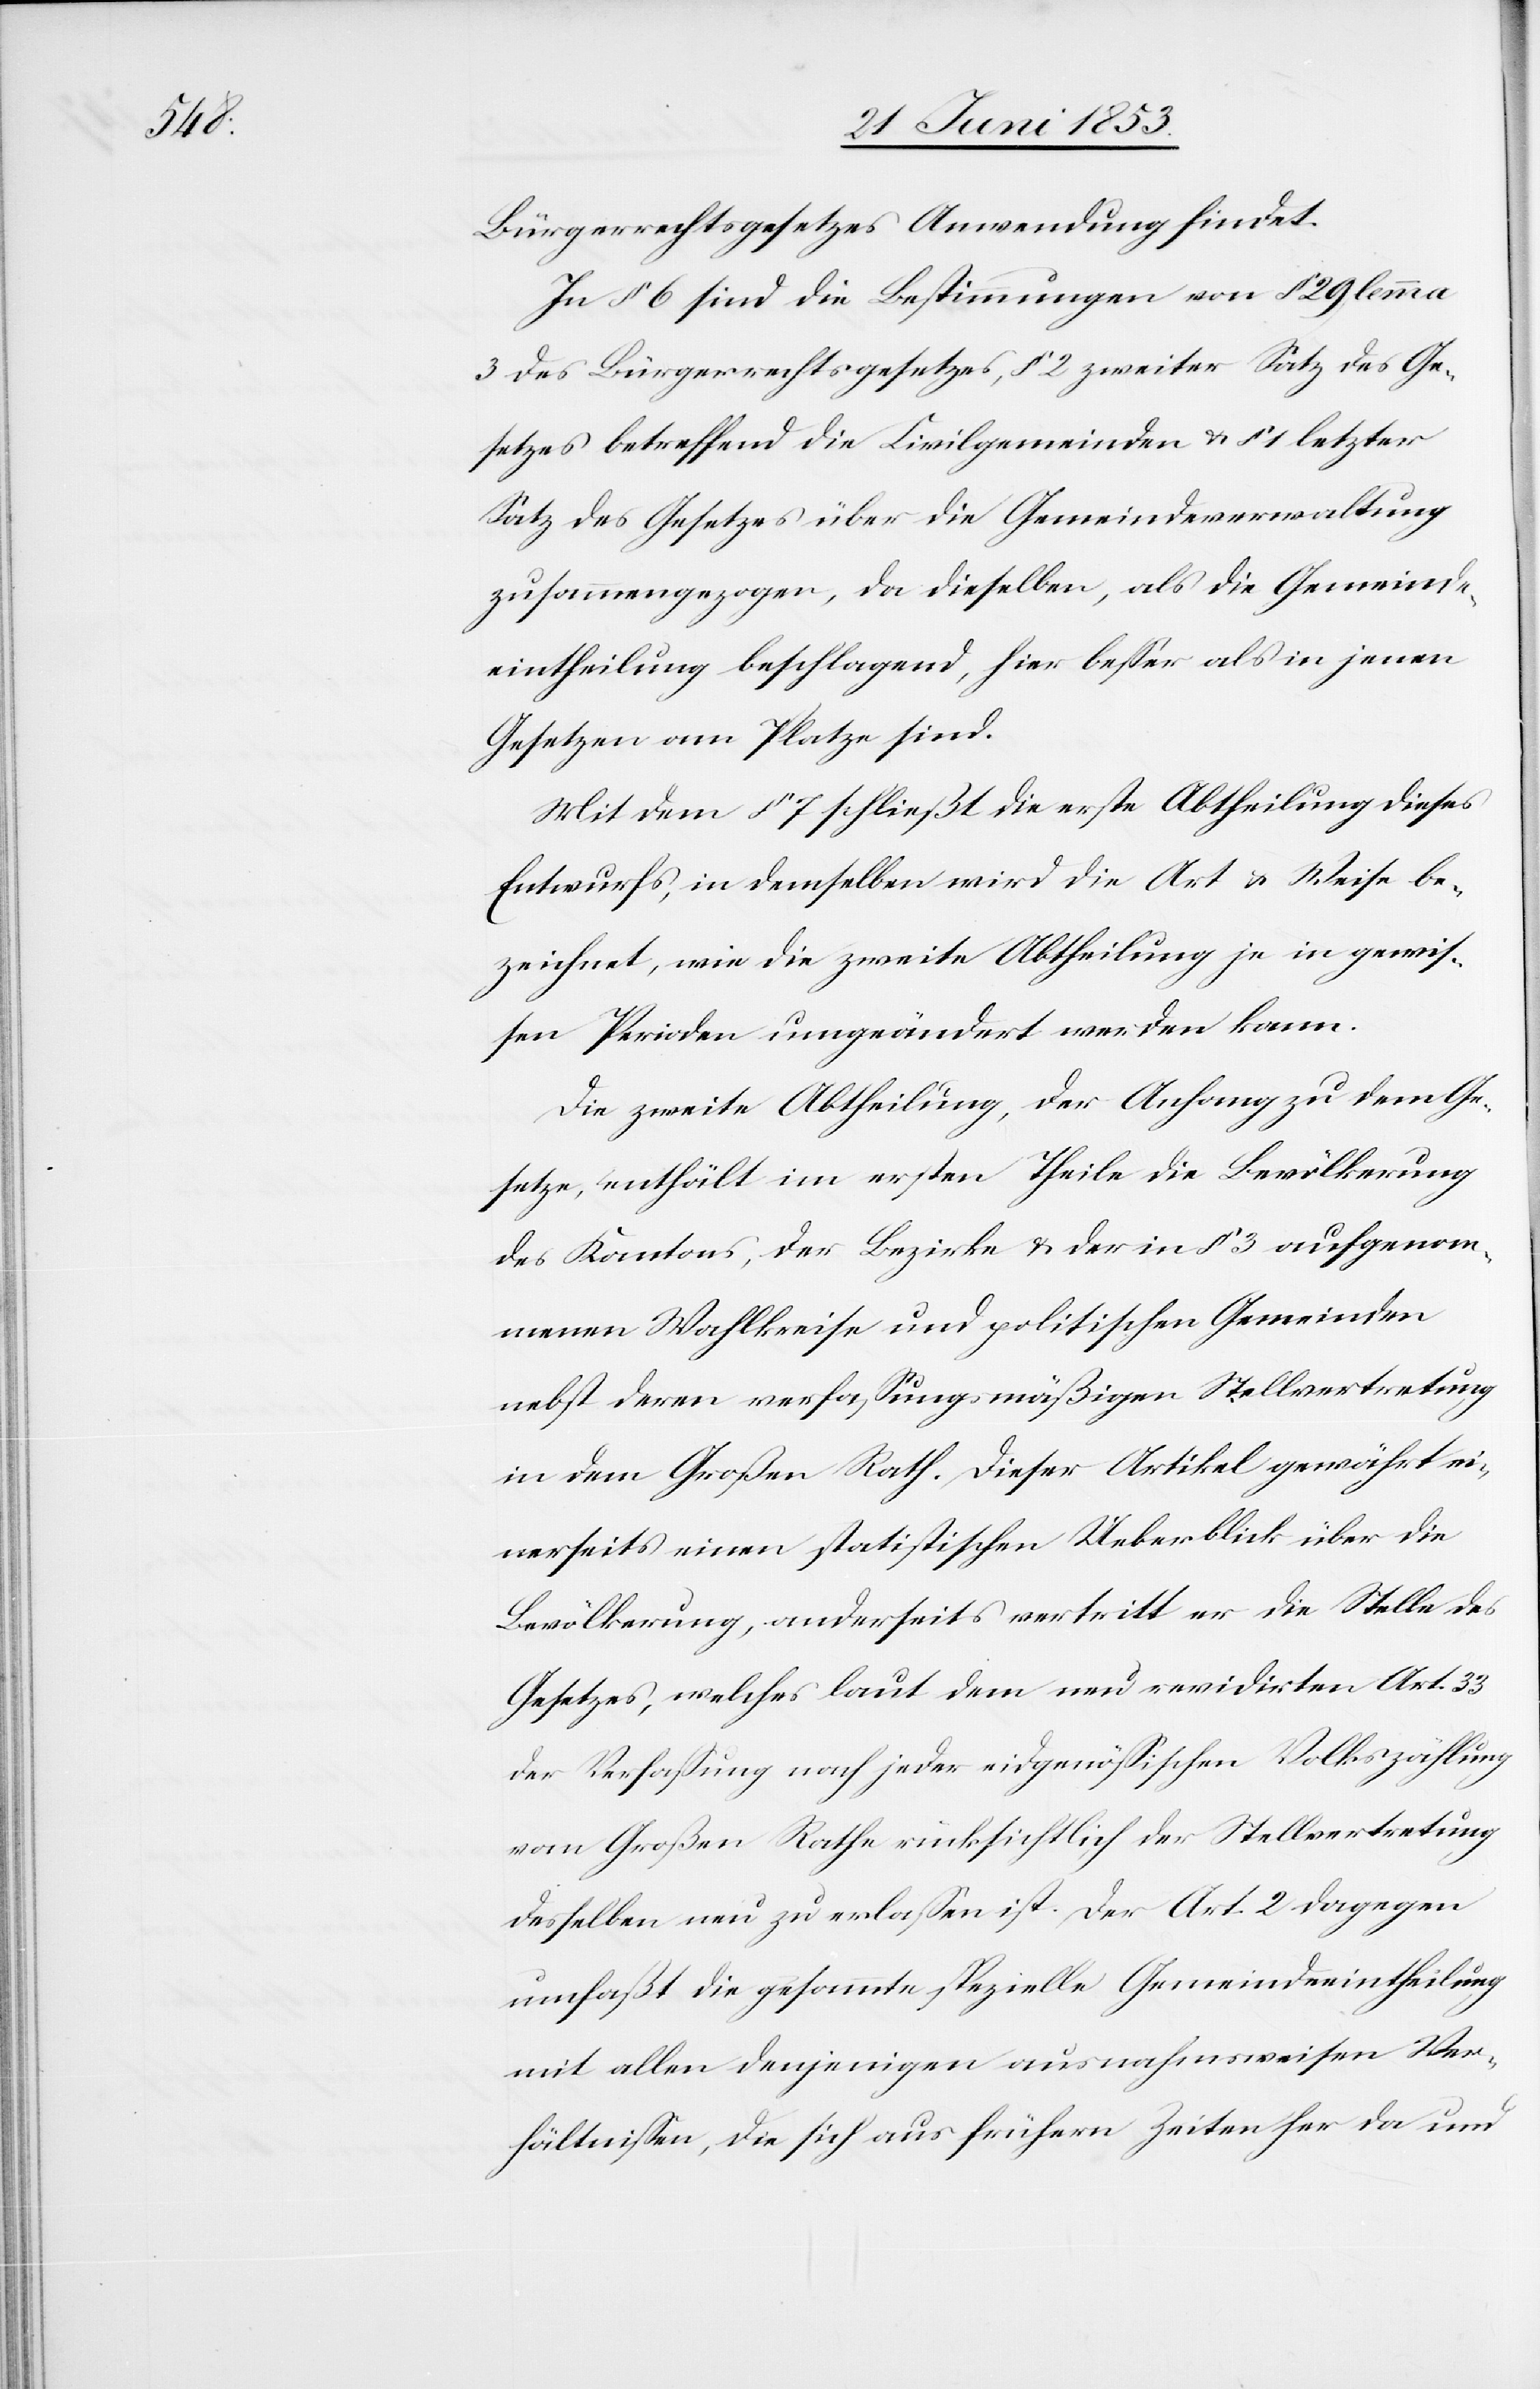
Bürgerrechtsgesetzes Anwendung findet.
In § 6 sind die Bestimmungen von § 29 lemma
3 des Bürgerrechtsgesetzes, § 2 zweiter Satz des Ge¬
setzes betreffend die Civilgemeinden u. § 1 letzter
Satz des Gesetzes über die Gemeindsverwaltung
zusammengezogen, da dieselben, als die Gemeinde¬
eintheilung beschlagend, hier beßer als in jenen
Gesetzen am Platze sind.
Mit dem § 7 schließt die erste Abtheilung dieses
Entwurfs, in demselben wird die Art u. Weise be¬
zeichnet, wie die zweite Abtheilung je in gewiß¬
en Perioden umgeändert werden kann.
Die zweite Abtheilung, der Anhang zu dem Ge¬
setze, enthält im ersten Theile die Bevölkerung
des Kantons, der Bezirke u. der in § 3 aufgenom¬
menen Wahlkreise und politischen Gemeinden
nebst deren verfaßungsmäßigen Stellvertretung
in dem Großen Rath. Dieser Artikel gewährt ei¬
nerseits einen statistischen Ueberblick über die
Bevölkerung, anderseits vertritt er die Stelle des
Gesetzes, welches laut dem neu revidirten Art. 33
der Verfaßung nach jeder eidsgenößischen Volkszählung
vom Großen Rathe rücksichtlich der Stellvertretung
desselben neu zu erlaßen ist. Der Art. 2 dagegen
umfaßt die gesammte spezielle Gemeindseintheilung
mit allen denjenigen ausnahmsweisen Ver¬
hältnißen, die sich aus frühern Zeiten her da und